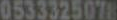
0533325078